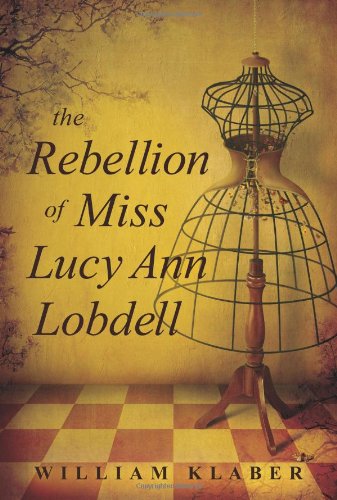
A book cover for The Rebellion of Miss Lucy Ann Lobdell; William Klaber; Gay & Lesbian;